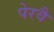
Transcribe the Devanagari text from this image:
पेरवै